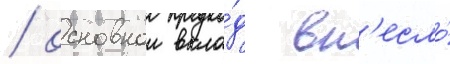
/ основнои вкла́д вн'есло́